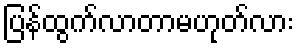
ပြန်ထွက်လာတာမဟုတ်လား